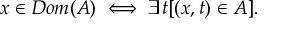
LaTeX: x \in D o m ( A ) \iff \exists t [ ( x , t ) \in A ] .